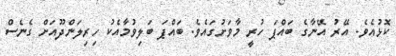
ކޮޅުއެވެ. އޭރު އޭނާގެ ބައްޕަ ހުރީ މާވަށުގައެވެ. ބައްޕަ ބަލިވުމާއެކު ހިރިލަންދޫއަށް ގެނެސް